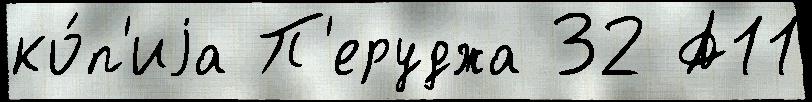
ко́п'иjа П'еруджа 32 А11